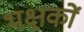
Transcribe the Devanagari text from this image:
भक्षकों